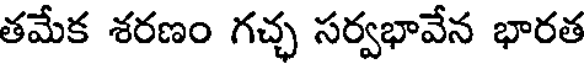
తమేక శరణం గచ్ఛ సర్వభావేన భారత